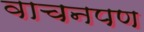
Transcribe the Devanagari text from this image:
वाचनपण